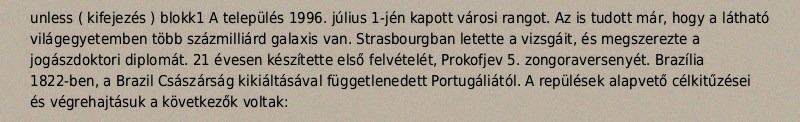
unless ( kifejezés ) blokk1 A település 1996. július 1-jén kapott városi rangot. Az is tudott már, hogy a látható világegyetemben több százmilliárd galaxis van. Strasbourgban letette a vizsgáit, és megszerezte a jogászdoktori diplomát. 21 évesen készítette első felvételét, Prokofjev 5. zongoraversenyét. Brazília 1822-ben, a Brazil Császárság kikiáltásával függetlenedett Portugáliától. A repülések alapvető célkitűzései és végrehajtásuk a következők voltak: